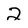
Character: 2